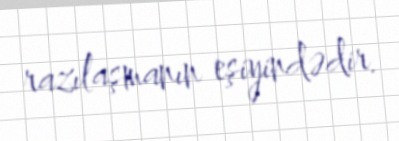
razılaşmanın eşiyindədir.